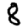
Digit: 8